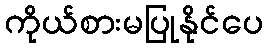
ကိုယ်စားမပြုနိုင်ပေ